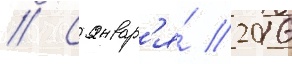
// С январ'я́ 2016